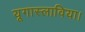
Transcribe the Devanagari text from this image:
यूगास्लाविया।